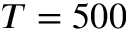
T = 5 0 0